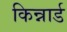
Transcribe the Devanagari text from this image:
किन्नार्ड